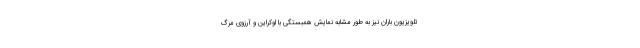
تلویزیون باران نیز به طور مشابه نمایش همبستگی با اوکراین و آرزوی مرگ